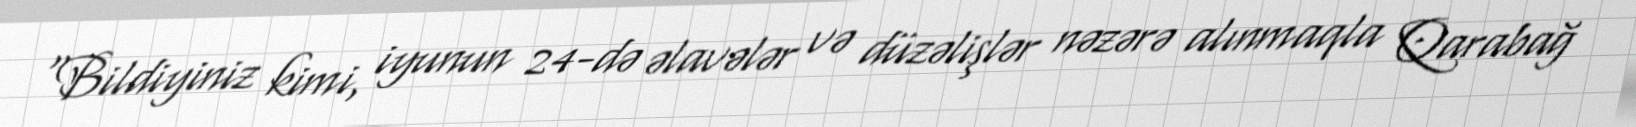
“Bildiyiniz kimi, iyunun 24-də əlavələr və düzəlişlər nəzərə alınmaqla Qarabağ